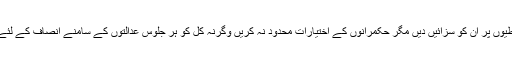
جج حکمرانوں کی غلطیوں پر ان کو سزائیں دیں مگر حکمرانوں کے اختیارات محدود نہ کریں وگرنہ کل کو ہر جلوس عدالتوں کے سامنے انصاف کے لئے احتجاج کیا کرے گا۔